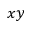
x y